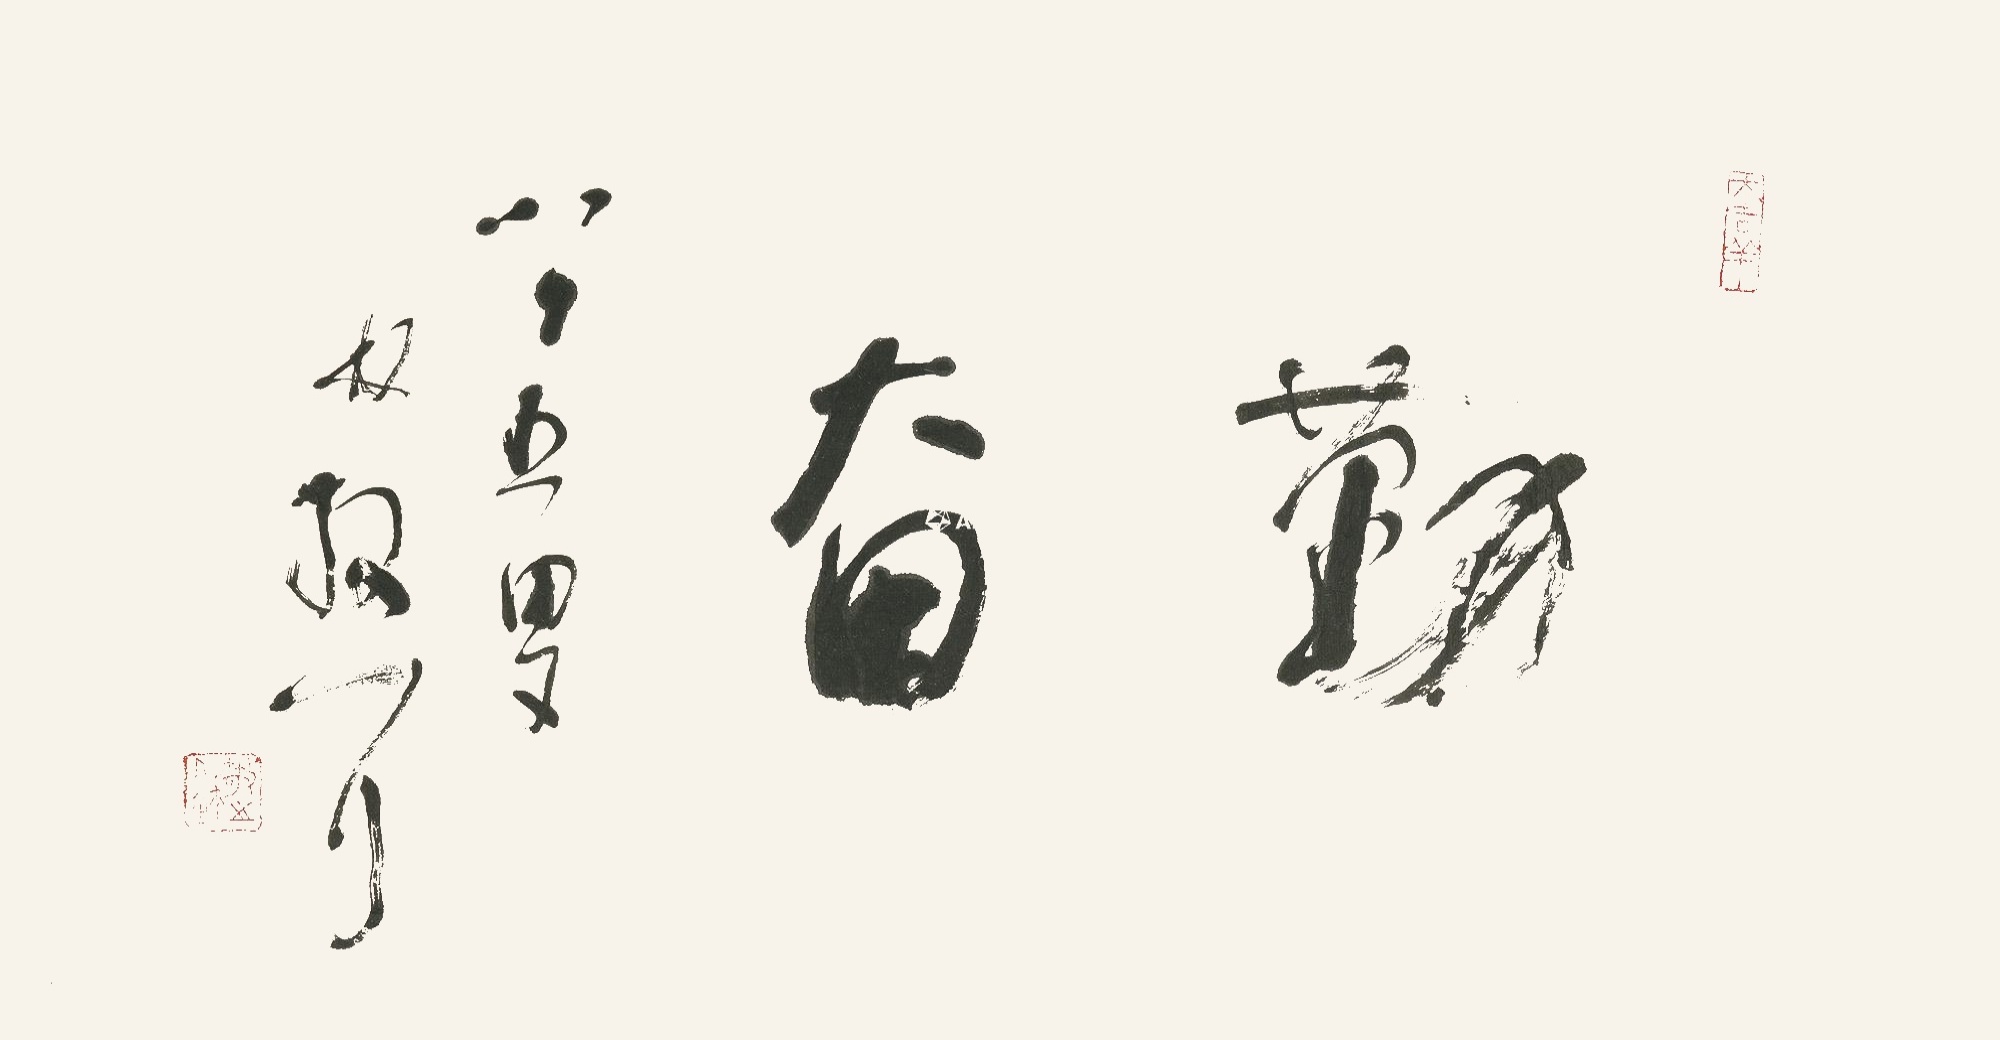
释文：勤奋八十五叟，林散耳。